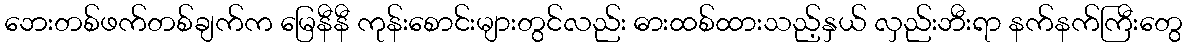
ဘေးတစ်ဖက်တစ်ချက်က မြေနီနီ ကုန်းစောင်းများတွင်လည်း ဓားထစ်ထားသည့်နှယ် လှည်းဘီးရာ နက်နက်ကြီးတွေ